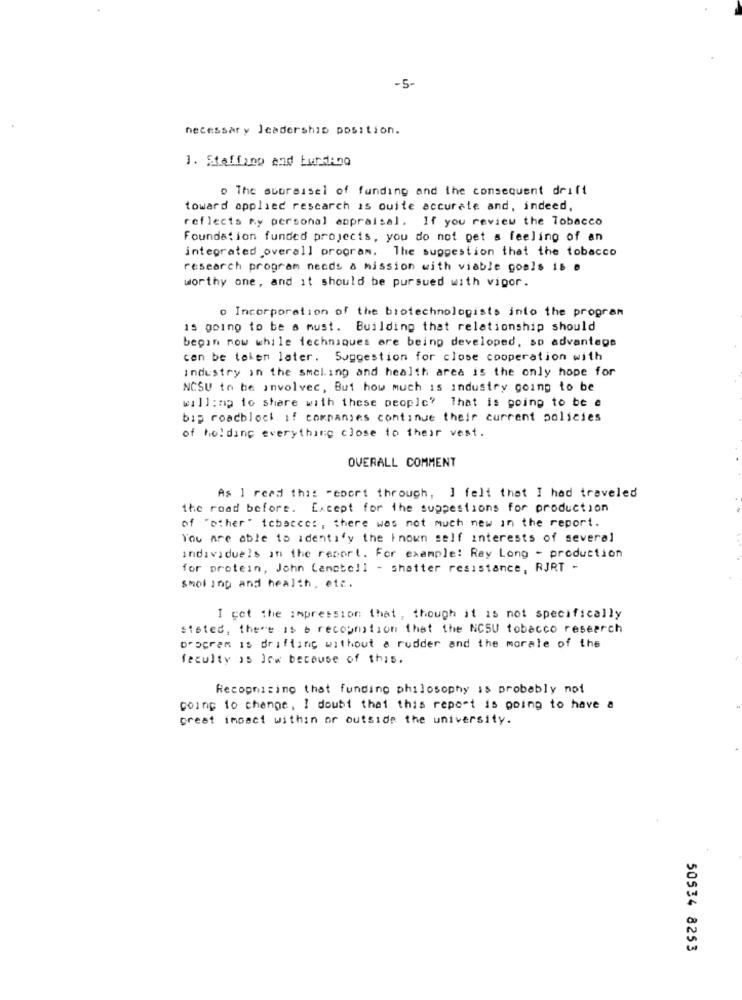
-5-
necessary leadership position.
1. Staffing and FundAno
o The sopraisel of funding and the consequent drift
toward applied rescarch is Quite accurate and, indeed,
reflects my personal appraisal. If you review the Tobacco
Foundation funded projects, you do not get a feeling of an
integrated overall program. The suggestion that the tobacco
research program needs a mission with viable goals is a
worthy one, and it should be pursued with vigor.
Incorporation of the biotechnologists into the program
15 going to be a must. Building that relationship should
begin now while techniques are being developed, so advantage
con be telen later. Suggestion for close cooperation with
Industry in the smel.ing and health area is the only hope for
NCSU to be involvec, But how much is industry going to be
willing to share with these people? That is going to be e
bip roadblock if companies continue their current policies
of holding everything close to their vest.
OVERALL COMMENT
As I read this report through, ] felt that I had traveled
the road before. Except for the suppestions for production
of "other" tobacco :, there was not much new in the report.
You are able to identify the known self interests of several
individuels in the report. For example: Ray Long - production
for protein, John Campbell - Shatter resistance, RJRT -
smol ing and health, etc.
I get the impression that, though it is not specifically
stated, there is b recognition that the NCSU tobacco research
program is drifting without a rudder and the morale of the
faculty is low because of this.
Recognizing that funding philosophy is probably not
going to change, I doubt that this report is going to have a
great impact within or outside the university.
50534 8253